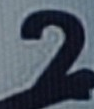
2